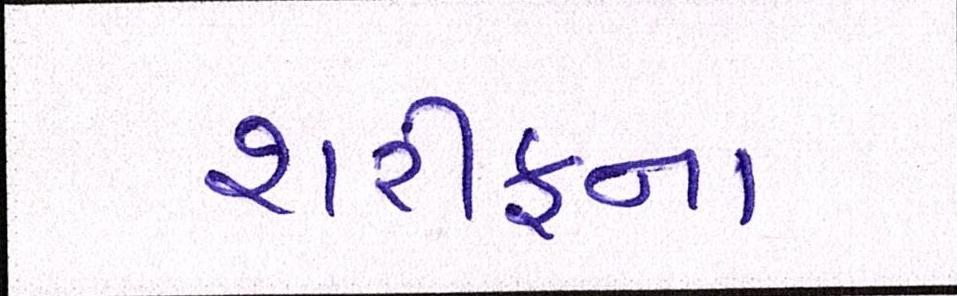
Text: શરીફના